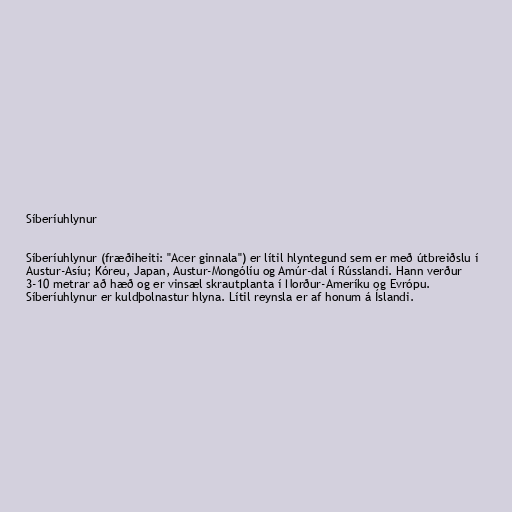
Síberíuhlynur

Síberíuhlynur (fræðiheiti: "Acer ginnala") er lítil hlyntegund sem er með útbreiðslu í
Austur-Asíu; Kóreu, Japan, Austur-Mongólíu og Amúr-dal í Rússlandi. Hann verður
3-10 metrar að hæð og er vinsæl skrautplanta í Norður-Ameríku og Evrópu.
Síberíuhlynur er kuldþolnastur hlyna. Lítil reynsla er af honum á Íslandi.